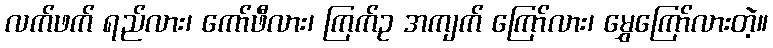
လက်ဖက် ရည်လား၊ ကော်ဖီလား၊ ကြက်ဥ အကျက် ကြော်လား၊ မွှေကြော်လားတဲ့။